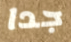
جدا